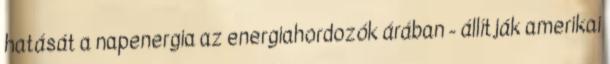
hatását a napenergia az energiahordozók árában - állítják amerikai